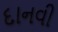
દાનવી